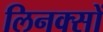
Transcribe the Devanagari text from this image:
लिनक्सों